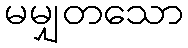
မမျှတသော